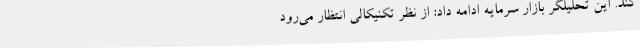
کند. این تحلیلگر بازار سرمایه ادامه داد: از نظر تکنیکالی انتظار می‌رود